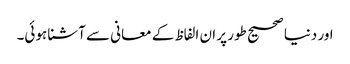
اور دنیا صحیح طور پر ان الفاظ کے معانی سے آشنا ہوئی۔